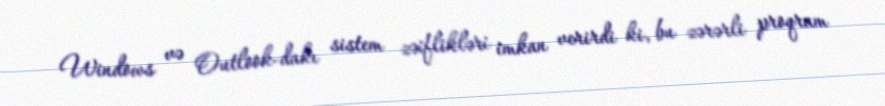
Windows və Outlook-dakı sistem zəiflikləri imkan verirdi ki, bu zərərli proqram